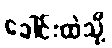
ခေါင်းထဲသို့